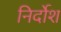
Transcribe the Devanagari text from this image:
निर्दोश